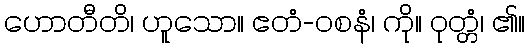
ဟောတီတိ၊ ဟူသော။ ဧတံ-ဝစနံ၊ ကို။ ဝုတ္တံ၊ ၏။